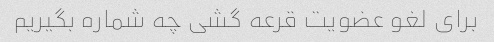
برای لغو عضویت قرعه گشی چه شماره بگیریم